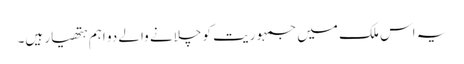
یہ اس ملک میں جمہوریت کو چلانے والے دو اہم ہتھیار ہیں۔